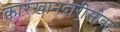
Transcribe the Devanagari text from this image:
कारखानदारीसोबत